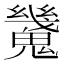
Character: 𩴆